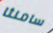
سامنثا